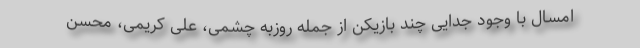
امسال با وجود جدایی چند بازیکن از جمله روزبه چشمی، علی کریمی، محسن